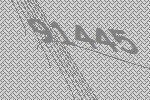
91445